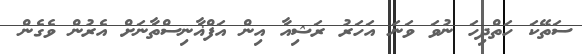
ސަތޭކަ ހަތްދިހަ ނުވަ ވަނަ އަހަރު ރަޝިއާ އިން އަފްޣާނިސްތާނަށް އެރުން ވެގެން